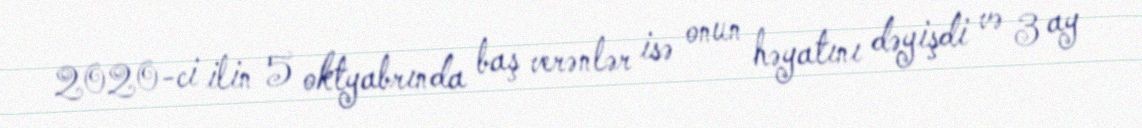
2020-ci ilin 5 oktyabrında baş verənlər isə onun həyatını dəyişdi və 3 ay